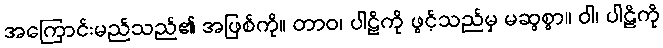
အကြောင်းမည်သည်၏ အဖြစ်ကို။ တာဝ၊ ပါဠိကို ဖွင့်သည်မှ မဆွစွာ။ ဝါ၊ ပါဠိကို